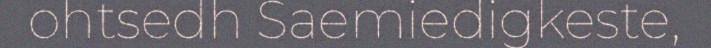
ohtsedh Saemiedigkeste,